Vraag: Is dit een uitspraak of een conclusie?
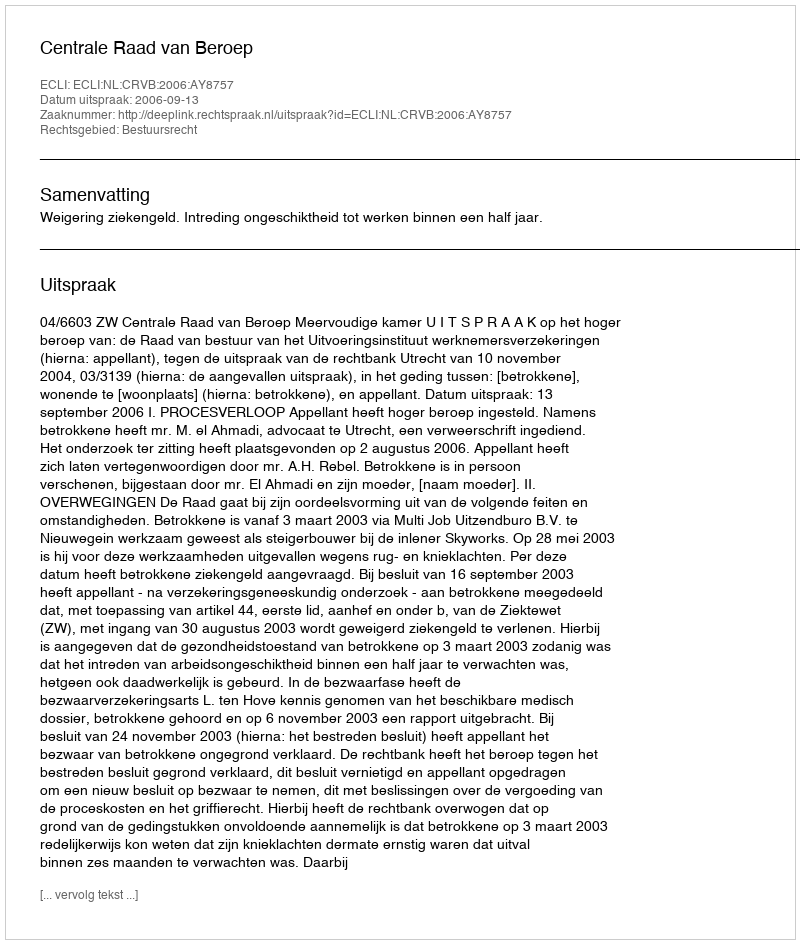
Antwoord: Uitspraak